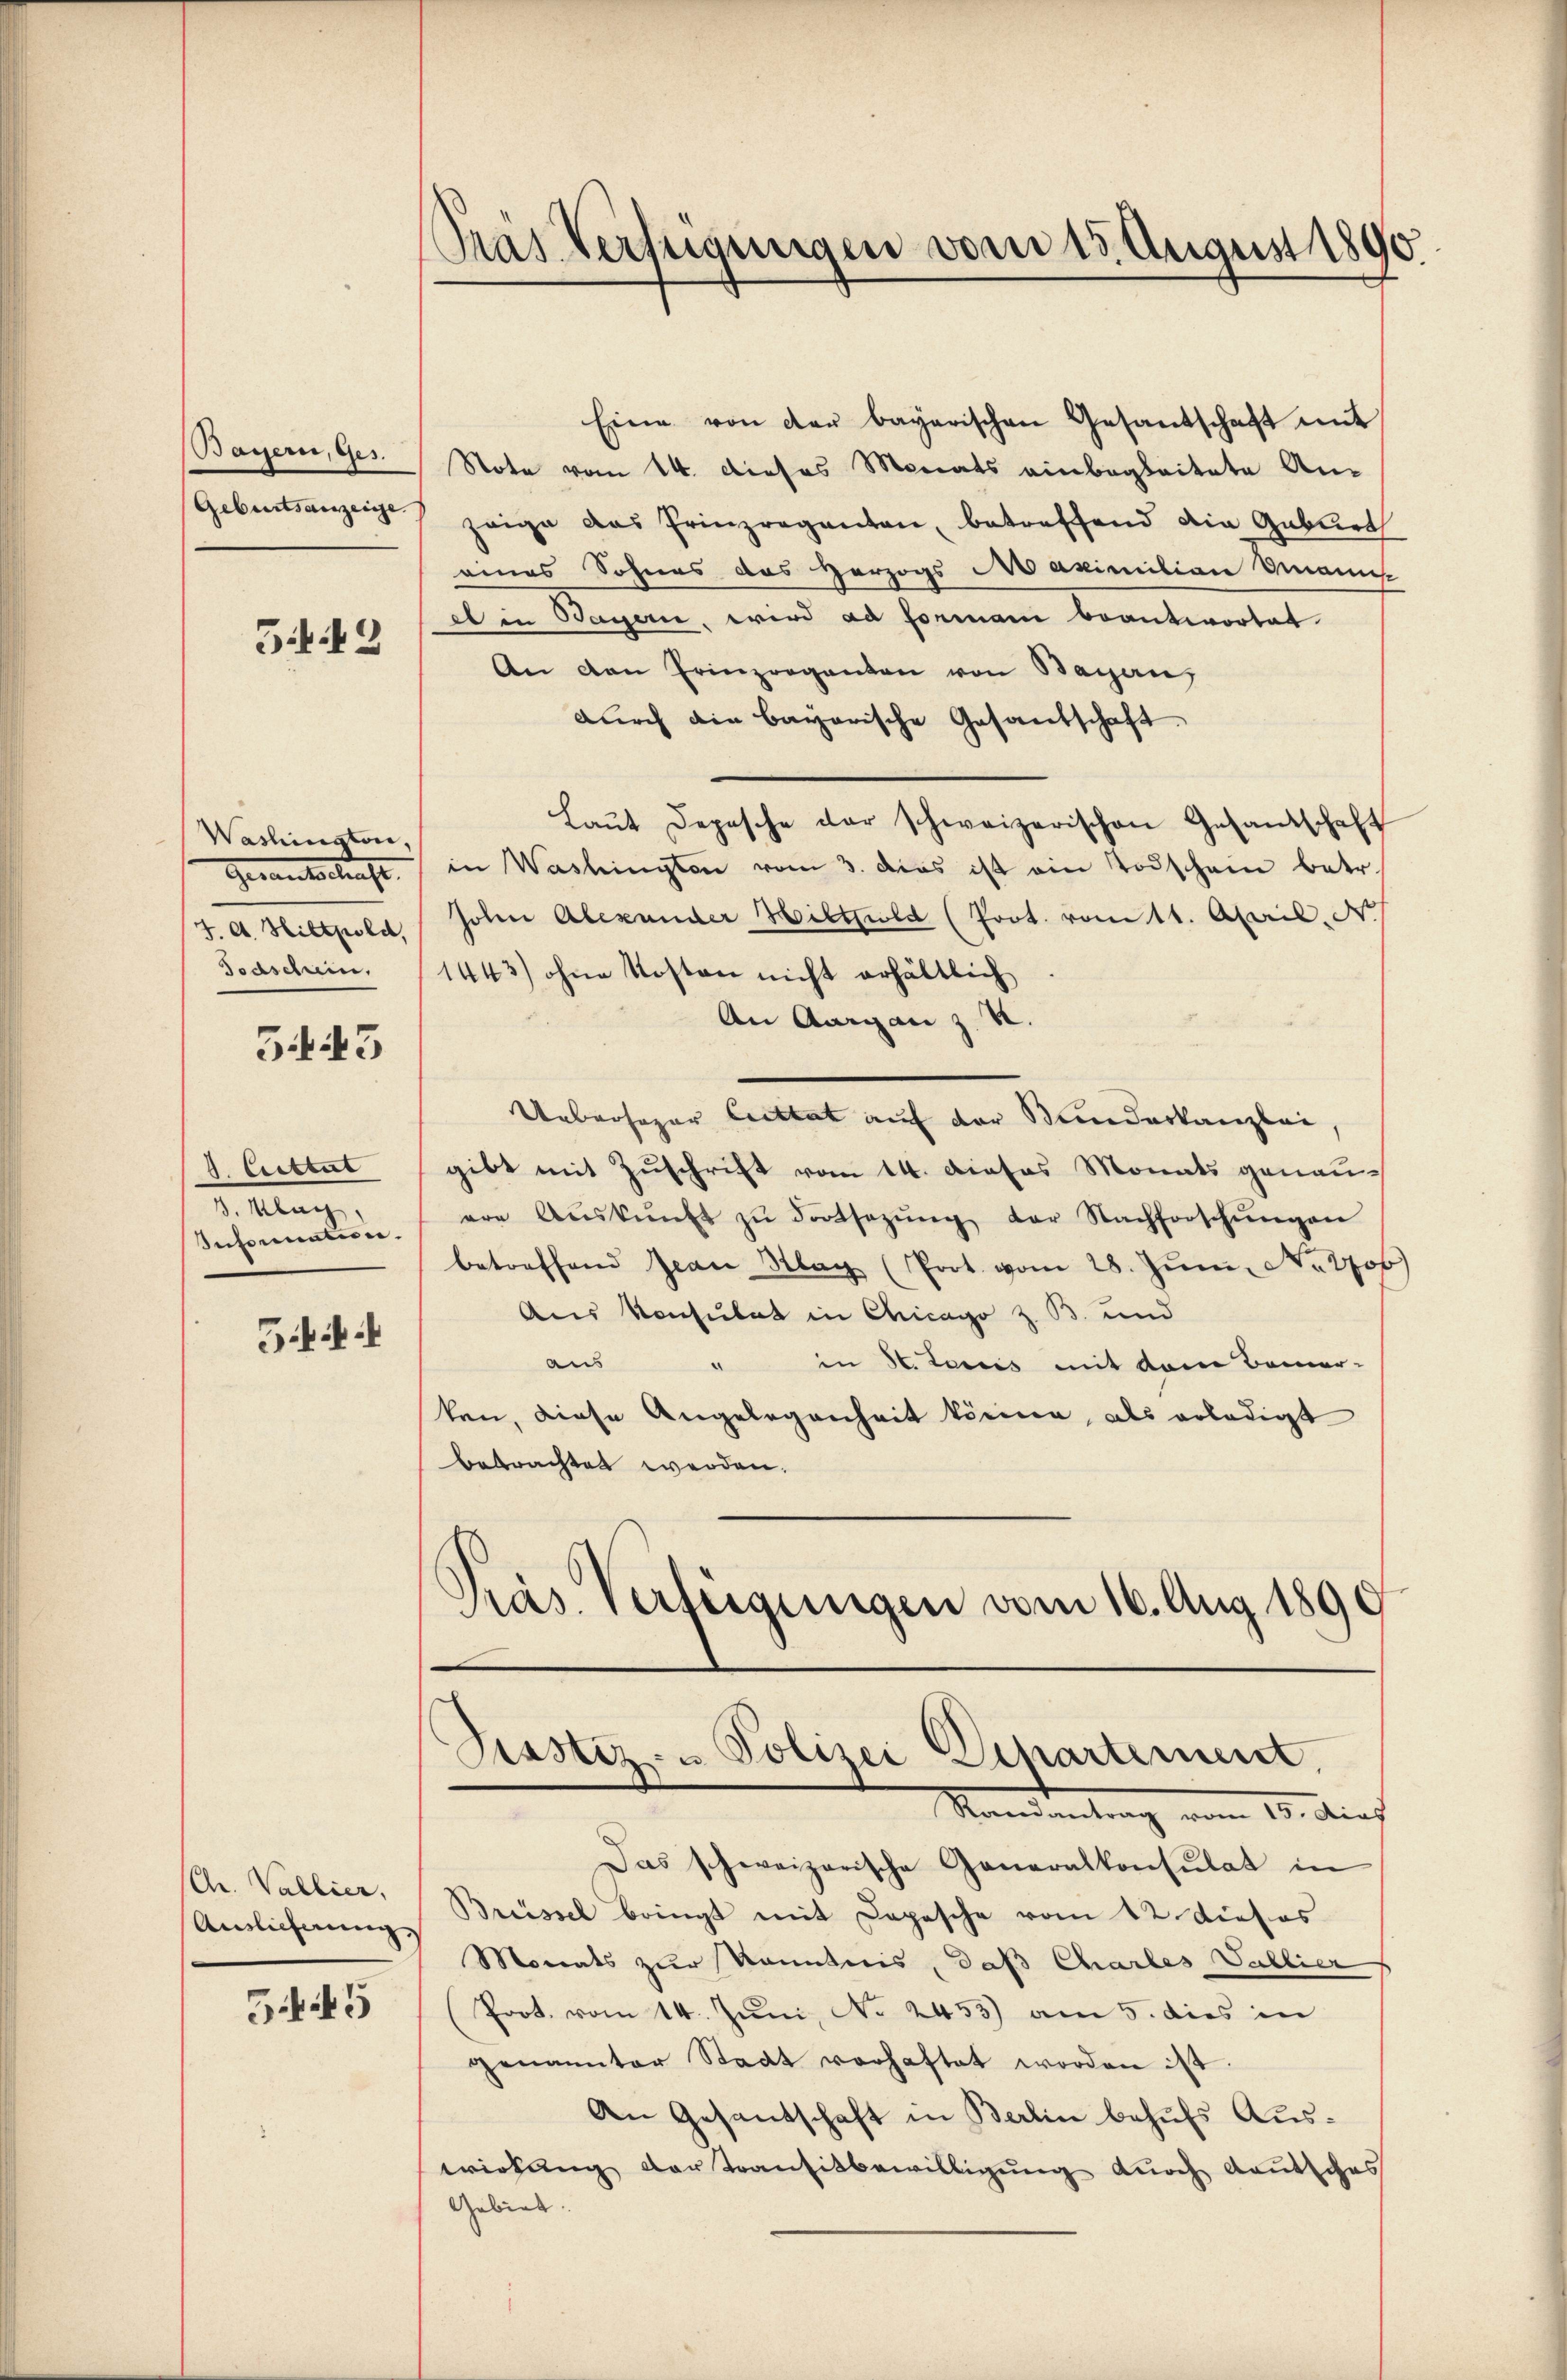
Bayern, Ges.
Geburtsanzeige

3.12

Washington,
Gerantschaft.
J. A. Hiltpold,

343

1. Cettel
3. Klag
Inhomention.

Gi

Chr. Vallier,
Auslicherung,

545

Pras Verfügungen vom 15. August 1890.

Eine von der bayerischen Gesandschaft mit
Note vom 14. Dieses Monats einbegleitete An-
zeige das Prinzreganten, betreffend die Gablirt
eines Sohnes des Herzogs Maximitian Manns-
o in Bayern, wird ad formani beantwortet.
An den Erinzorganten von Bagen,
durch die bayerische Gesandschaft.
Laŭt Depesche der schweizerischen Gesandschaft
in Washingten vom 3. das ist ein Todschain betr.
John Alexander Hiltzuld (Prot. vom 11. April, di
Todschein. 1443) ohne Kosten nicht erhältlich
An Aargau z. B.
Uebersoper Cuttat auf der Mandeskanzlei,
gibt mit Zuschrift vom 14. Dieses Monats genauere Aŭskŭnft zŭ Fortsezŭng der Nachforschŭngen
betreffend Jean Klar (Prot. vom 28. Jŭni N. Tob
Aus Konsulat in Chicago z. B. und
aus
" in St. Louis mit dem Bemer-
ten, diese Angelegenheit können, als erledigt
betrachtet werden.
Präs. Verfügungen vom 16. Aug. 1890

Justiz- u Polizei Departement.

Mandelung vom 10. Auch
Das schweizerische Generalkonsulat in
Brüssel bringt mit Depesche vom 12. Dieses
Monats zur Kenntnis, daß Chartes Vallier
Prot. vom 14. Juni, No 2453) am 5. dies in
genannter Staat vorhaftet worden ist.
An Gesantschaft in Berlin behufs Auswirkung der Transitbewilligung durch deutsches
Gebiet.